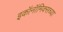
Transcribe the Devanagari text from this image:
इकॉनॉमिक्सच्या